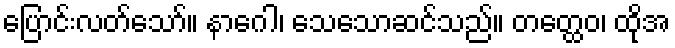
ပြောင်းလတ်သော်။ နာဂေါ၊ သေသောဆင်သည်။ တတ္ထေဝ၊ ထိုအ